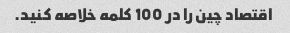
اقتصاد چین را در 100 کلمه خلاصه کنید.